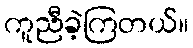
ကူညီခဲ့ကြတယ်။